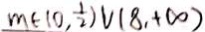
m \in ( 0 , \frac { 1 } { 2 } ) V ( 8 , + \infty )